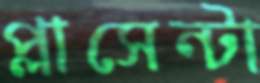
প্লাসেন্টা